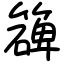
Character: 𥵔